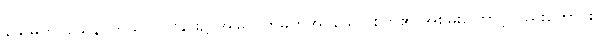
နိယမိတဝသေန၊ ကုသိုလ်ပြုခြင်း၌ အမြဲသတ်မှတ်အပ်သော စိတ်၏ အစွမ်းကြောင့်လည်းကောင်း။